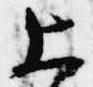
上